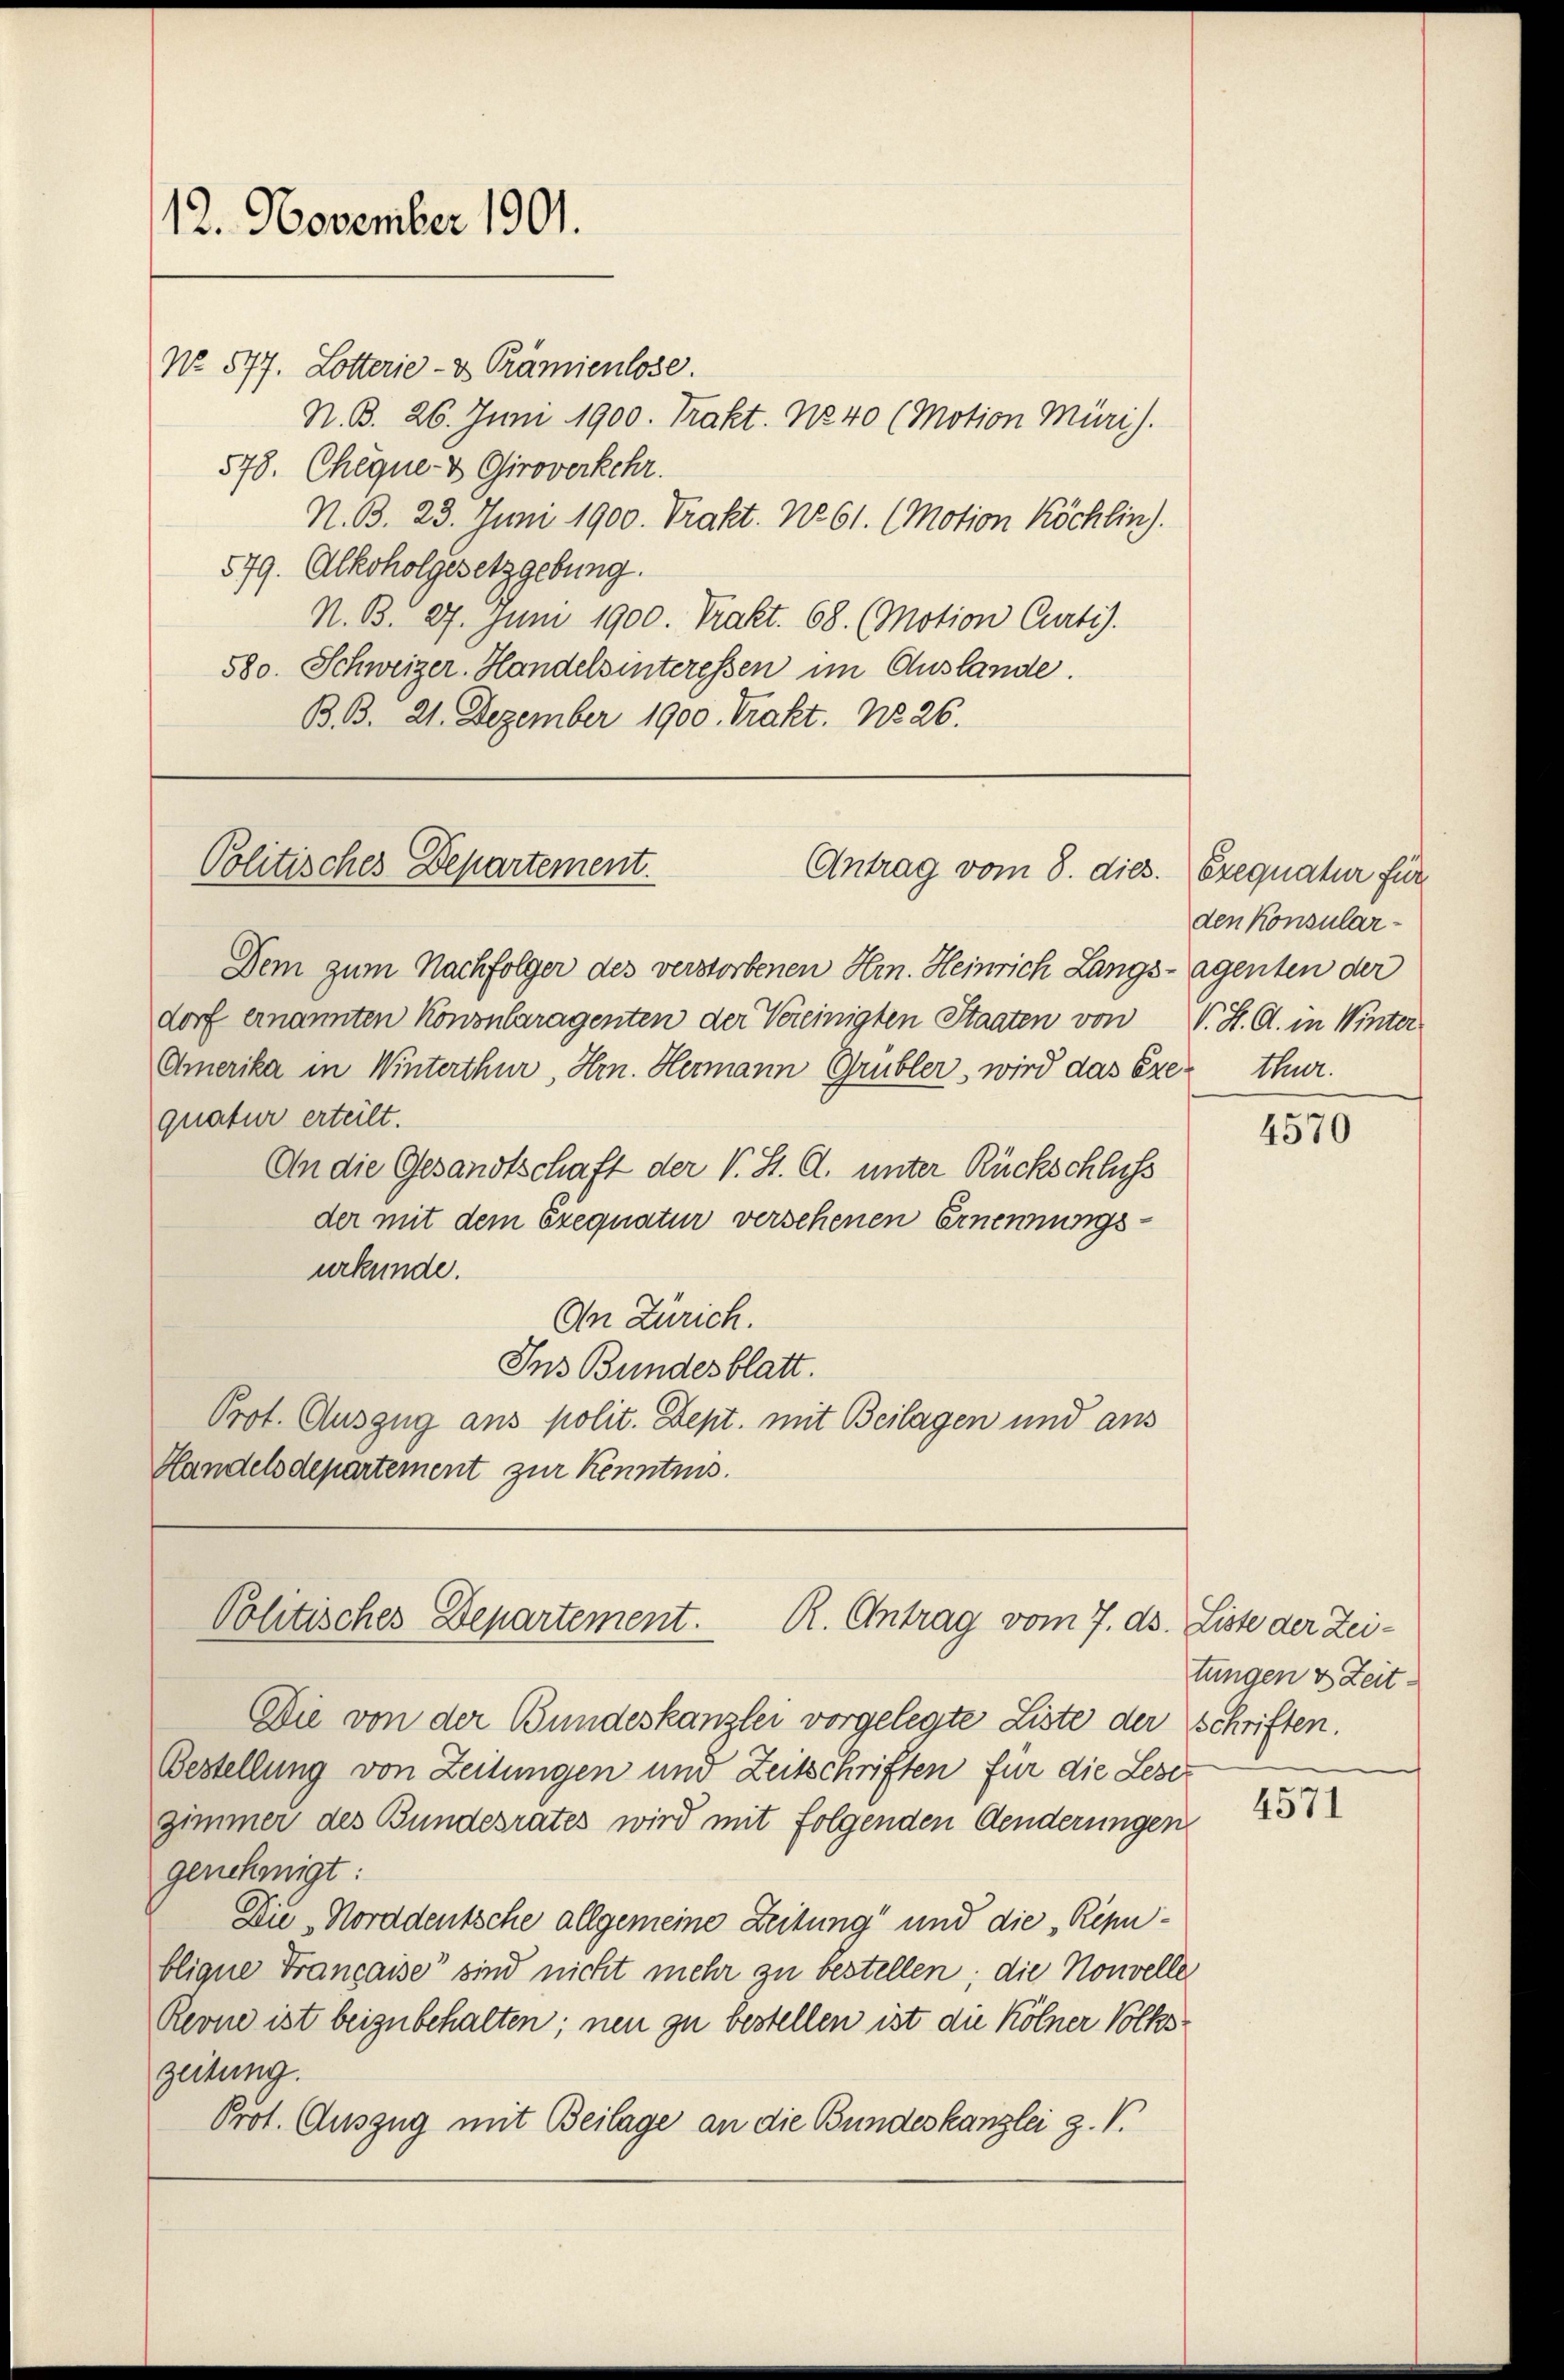
12. November 1901.

No. 577. Lotterie- & Prämienlose.
N. B. 26. Juni 1900. Trakt. No 40 (Motion Müri).
578. Chegne- & Giroverkehr.
N. B. 23. Juni 1900. Prakt. No 61. (Motion Köchlin).
579. Alkoholgesetzgebung.
N. B. 27. Juni 1900. Prakt. 68. (Motion Curti).
580. Schweizer. Handelsinteressen im Auslande.
B. B. 21. Dezember 1900. Trakt. No 26.

Politisches Departement.
Antrag vom 8. dies.

Politisches Departement. R. Antrag vom 7. ds. Liste der Zei-

Dem zum Nachfolger des verstorbenen Hrn. Heinrich Langs-Agenten der
dorf ernannten Kononlaragenten der Vereinigten Staaten von V. H. G. in Winter
Amerika in Winterthur, Hrn. Hermann Grübler, wird das Exer thur.
quatur erteilt.
An die Gesandtschaft der V. S. C. unter Rückschluss
der mit dem Exequatur versehenen Ernennungsurkunde.
An Zürich.
Ins Bundesblatt.
Prot. Auszug aus polit. Sept. mit Beilagen und aus
Handelsdepartement zur Kenntnis.

Die von der Bundeskanzlei vorgelegte Liste der schriften.
Bestellung von Zeitungen und Zeitschriften für die Lesez
zimmer des Bundesrates wird mit folgenden Aenderungen
genehmigt:
Die Norddeutsche allgemeine Zeitung“ und die „Ripublique Française sind nicht mehr zu bestellen; die Nouvelle
Reone ist beizubehalten; neu zu bestellen ist die Kölner Volkszeitung.
Prot. Auszug mit Beilage an die Bundeskanzlei z. V.

Exequatur für
den Konsular¬

4570

tungen u Zeit

4571